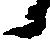
か